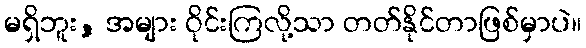
မရှိဘူး, အများ ဝိုင်းကြလို့သာ တတ်နိုင်တာဖြစ်မှာပဲ။